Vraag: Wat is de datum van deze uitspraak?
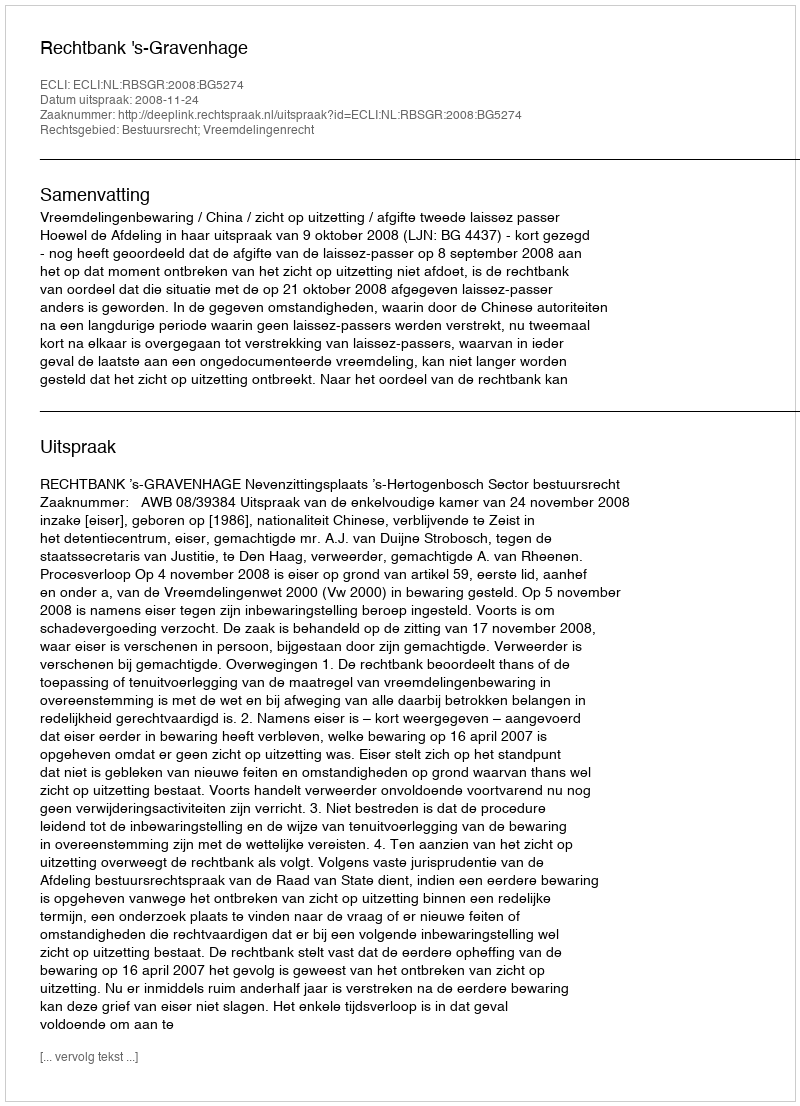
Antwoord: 2008-11-24